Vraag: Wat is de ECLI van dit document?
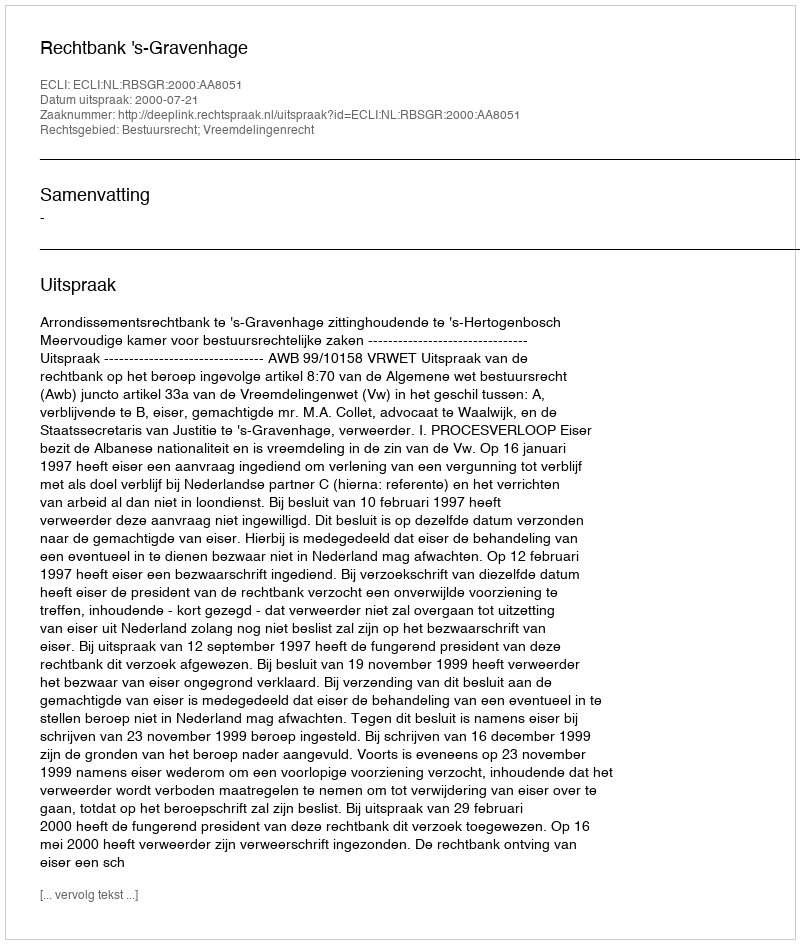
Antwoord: ECLI:NL:RBSGR:2000:AA8051